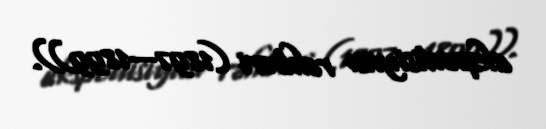
ekspedisiyası rəhbəri (1897—1899)).